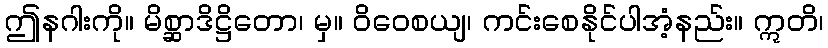
ဤနဂါးကို။ မိစ္ဆာဒိဋ္ဌိတော၊ မှ။ ဝိဝေစယျ၊ ကင်းစေနိုင်ပါအံ့နည်း။ ဣတိ၊